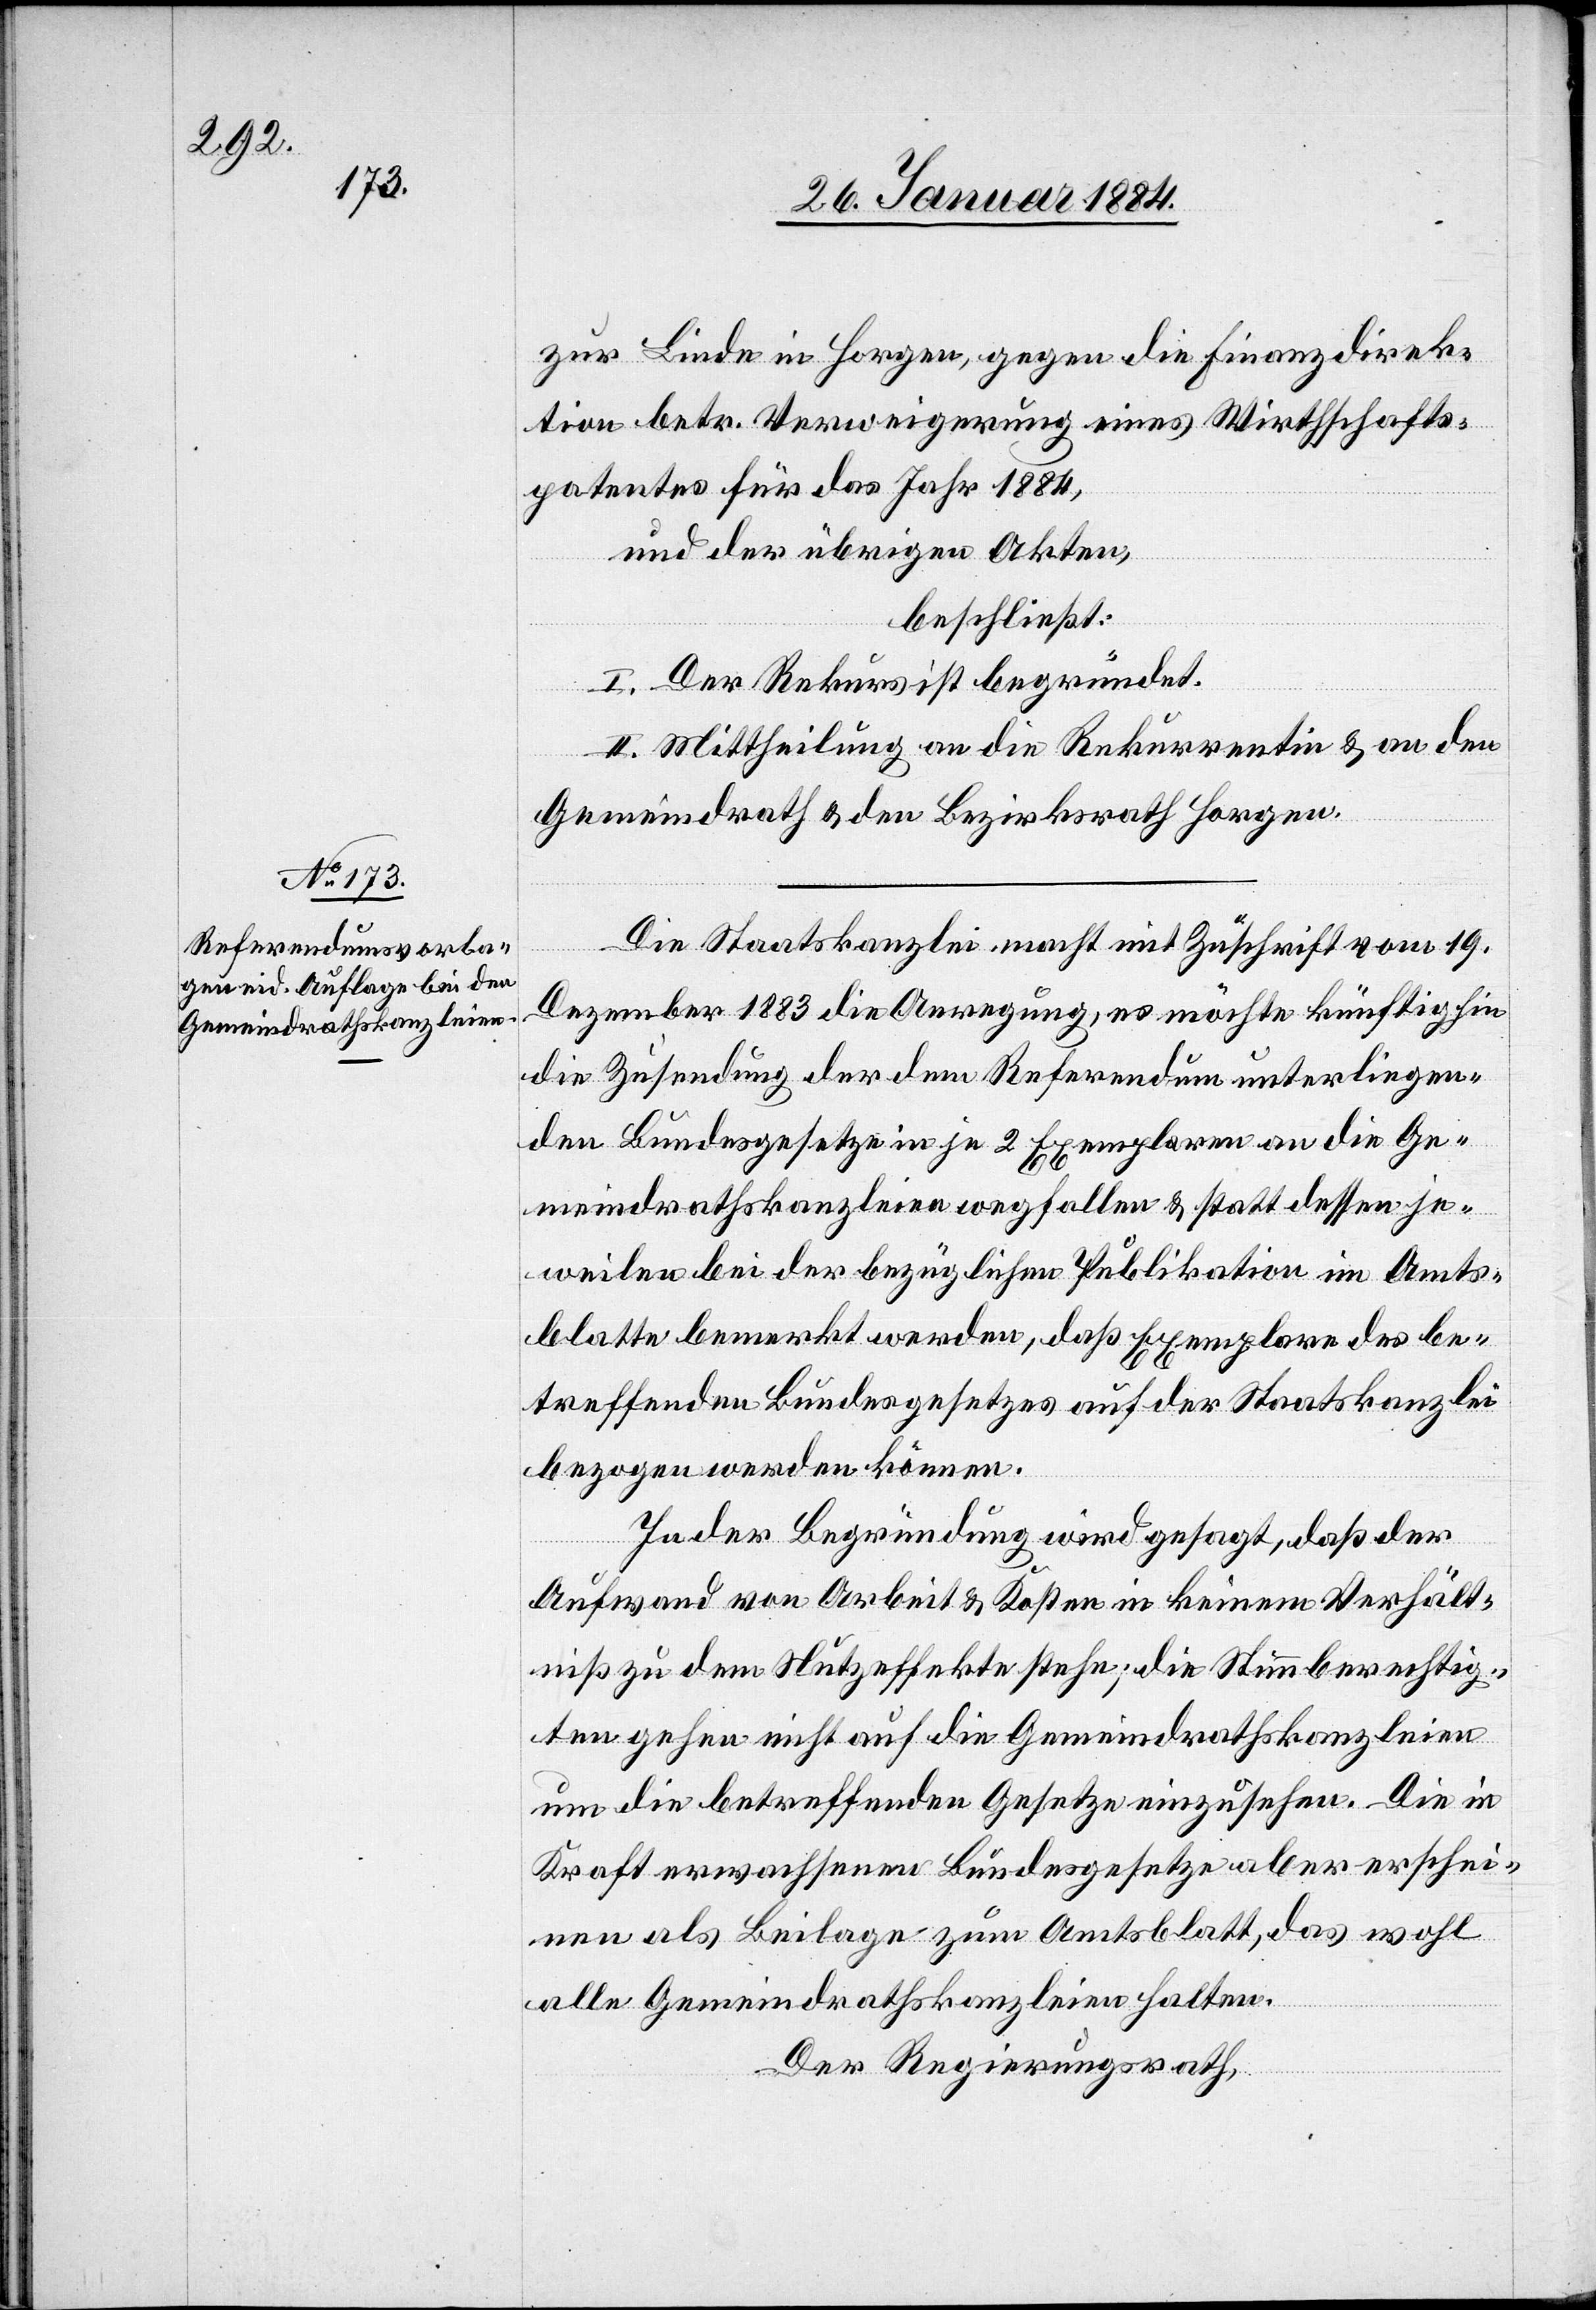
zur Linde in Horgen, gegen die Finanzdirek¬
tion betr. Verweigerung eines Wirthschafts¬
patentes für das Jahr 1884,
und der übrigen Akten,
beschließt:
I. Der Rekurs ist begründet.
II. Mittheilung an die Rekurrentin & an den
Gemeindrath & den Bezirksrath Horgen.
Die Staatskanzlei macht mit Zuschrift vom 19.
Dezember 1883 die Anregung, es möchte künftighin
die Zusendung der dem Referendum unterliegen¬
den Bundesgesetze je 2 Exemplare an die Ge¬
meindrathskanzleien wegfallen & statt dessen je¬
weilen bei der bezüglichen Publikation im Amts¬
blatte bemerkt werden, daß Exemplare des be¬
treffenden Bundesgesetzes auf die Staatskanzlei
bezogen werden können.
In der Begründung wird gesagt, daß der
Aufwand von Arbeit & Kosten in keinem Verhält¬
niß zu den Nutzeffekten stehe; die Stimmberechtig¬
ten gehen nicht auf die Gemeindrathskanzleien
um die betreffenden Gesetze einzusehen. Die in
Kraft erwachsenen Bundesgesetze aber erschei¬
nen als Beilage zum Amtsblatt, das wohl
alle Gemeindrathskanzleien halten.
Der Regierungsrath